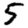
Digit: 5